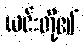
ယင်းတို့၏